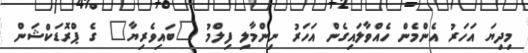
މިިދިޔަ އަހަރު އެންމެން ހެއްވާލައިގެން އަހަރު ނިންމާލި ފިލްމު "ބައިވެރިޔާ" ގެ ޕްރޮޑަކްޝަން